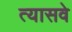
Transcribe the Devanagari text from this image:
त्यासवे